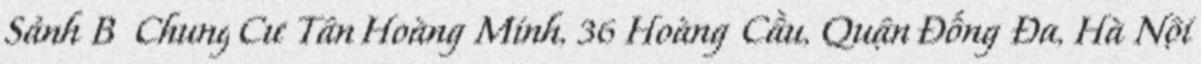
Sảnh B Chung Cư Tân Hoàng Minh, 36 Hoàng Cầu, Quận Đống Đa, Hà Nội